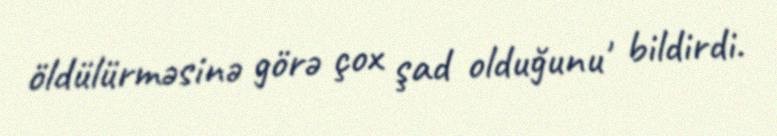
öldülürməsinə görə çox şad olduğunu' bildirdi.